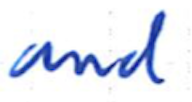
Text: and
Cross-out: clean
Writing tool: ballpoint